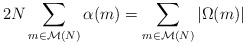
\begin{align*} 2N\sum_{m\in\mathcal{M}(N)}\alpha(m) =\sum_{m\in\mathcal{M}(N)}\left|\Omega(m)\right| \end{align*}